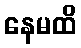
နေမထိ